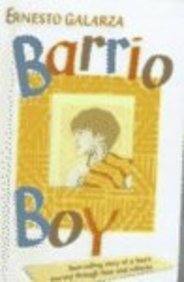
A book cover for Barrio Boy; Rudolf Steiner; Teen & Young Adult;